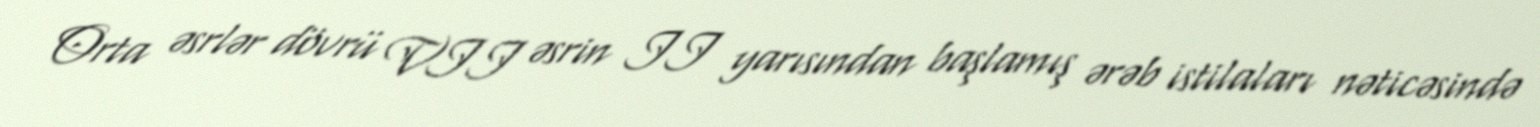
Orta əsrlər dövrü VII əsrin II yarısından başlamış ərəb istilaları nəticəsində